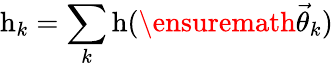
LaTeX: \mathrm{h}_{k}=\sum_{k}\mathrm{h}(\ensuremath{\vec{\theta}}_{k})